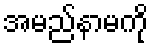
အမည်နာမကို